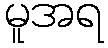
မူအရ